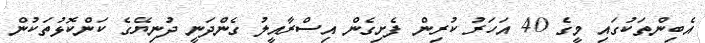
އެބިންތަކުގައި މީގެ 40 އަހަރު ކުރިން ފެށިގެން އިސްރާއީލު ގެންދަނީ ދުނިޔޭގެ ކަންކޮޅުތަކުން